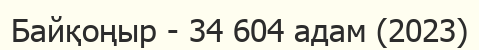
Байқоңыр - 34 604 адам (2023)